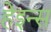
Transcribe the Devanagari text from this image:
हेइन्स